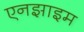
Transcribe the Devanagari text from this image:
एनझाइम